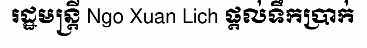
រដ្ឋមន្ត្រី Ngo Xuan Lich ផ្តល់ទឹកប្រាក់